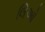
લિઓ